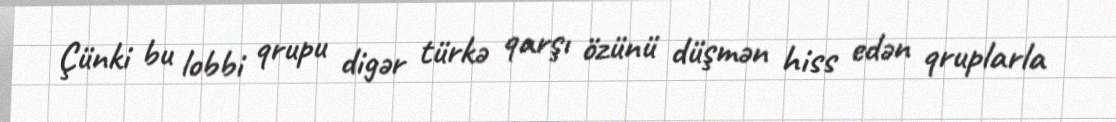
Çünki bu lobbi qrupu digər türkə qarşı özünü düşmən hiss edən qruplarla